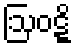
ဩဝဋ္ဋိ